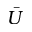
\bar { U }